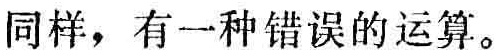
同样，有一种错误的运算。